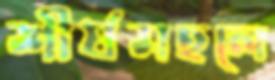
শীর্ষমহলে